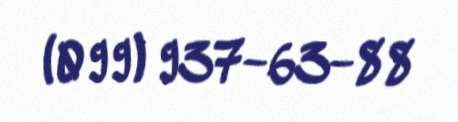
(099) 937-63-88